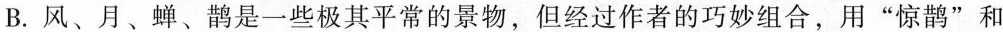
B.风、月、蝉、鹊是一些极其平常的景物，但经过作者的巧妙组合，用”惊鹊”和